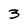
Character: 3